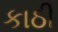
કાઠી